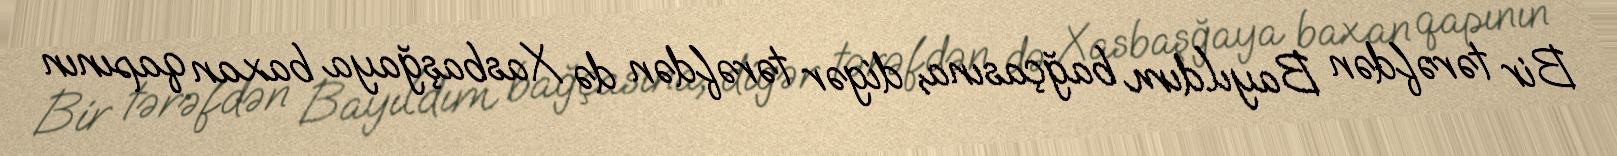
Bir tərəfdən Bayıldım bağçasına, digər tərəfdən də Xasbaşğaya baxan qapının